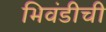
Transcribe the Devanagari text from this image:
भिवंडीची